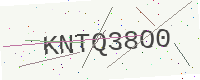
Text: KNTQ38O0